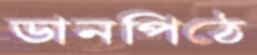
ডানপিঠে